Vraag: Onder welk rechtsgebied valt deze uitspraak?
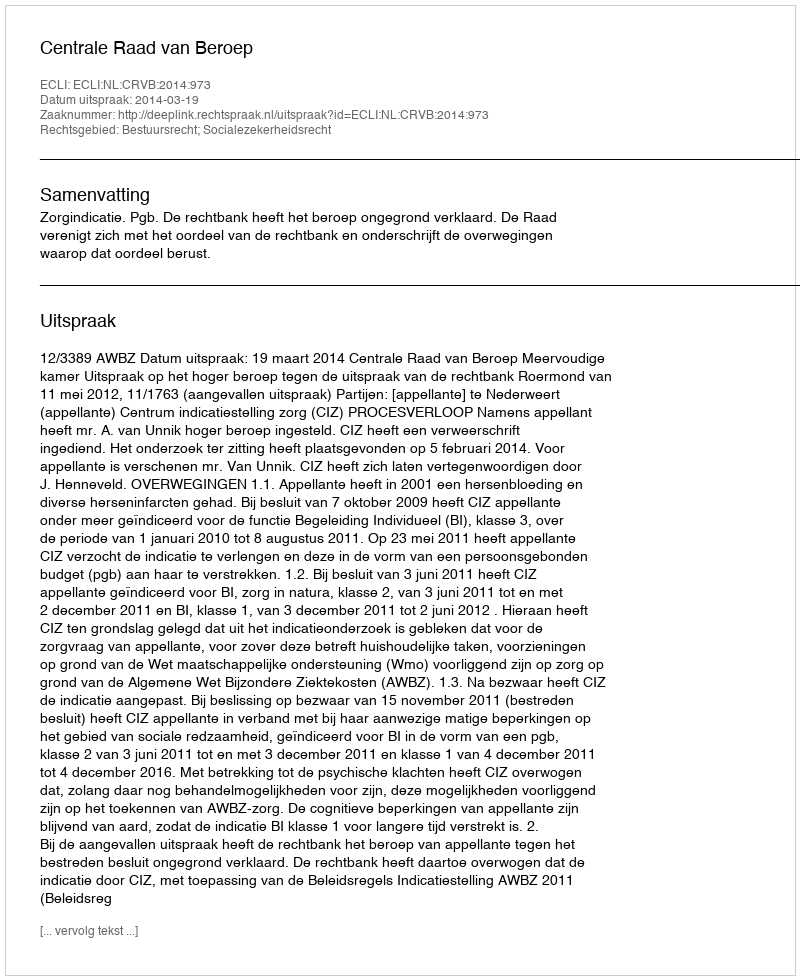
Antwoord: Bestuursrecht; Socialezekerheidsrecht